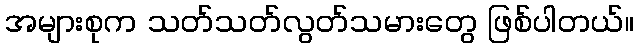
အများစုက သတ်သတ်လွတ်သမားတွေ ဖြစ်ပါတယ်။